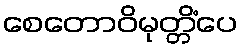
စေတောဝိမုတ္တိံပေ